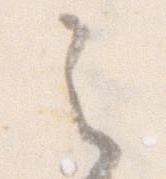
之